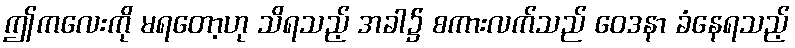
ဤကလေးကို မရတော့ဟု သိရသည့် အခါ၌ စကားလက်သည် ဝေဒနာ ခံနေရသည့်